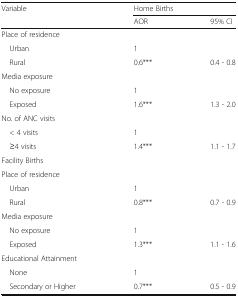
| <ROWSPAN=2> Variable | <COLSPAN=2> Home Births |
 | AOR | 95% CI |
 | --- | --- | --- |
 | <COLSPAN=3> Place of residence |
 | Urban | 1 |  |
 | Rural | 0.6*** | 0.4 - 0.8 |
 | <COLSPAN=3> Media exposure |
 | No exposure | 1 |  |
 | Exposed | 1.6*** | 1.3 - 2.0 |
 | <COLSPAN=3> No. of ANC visits |
 | < 4 visits | 1 |  |
 | ≥4 visits | 1.4*** | 1.1 - 1.7 |
 | <COLSPAN=3> Facility Births |
 | <COLSPAN=3> Place of residence |
 | Urban | 1 |  |
 | Rural | 0.8*** | 0.7 - 0.9 |
 | <COLSPAN=3> Media exposure |
 | No exposure | 1 |  |
 | Exposed | 1.3*** | 1.1 - 1.6 |
 | <COLSPAN=3> Educational Attainment |
 | None | 1 |  |
 | Secondary or Higher | 0.7*** | 0.5 - 0.9 |